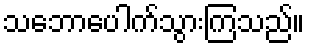
သဘောပေါက်သွားကြသည်။